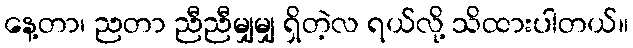
နေ့တာ၊ ညတာ ညီညီမျှမျှ ရှိတဲ့လ ရယ်လို့ သိထားပါတယ်။